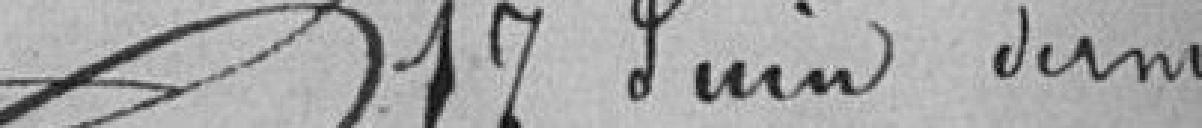
17 juin dernier